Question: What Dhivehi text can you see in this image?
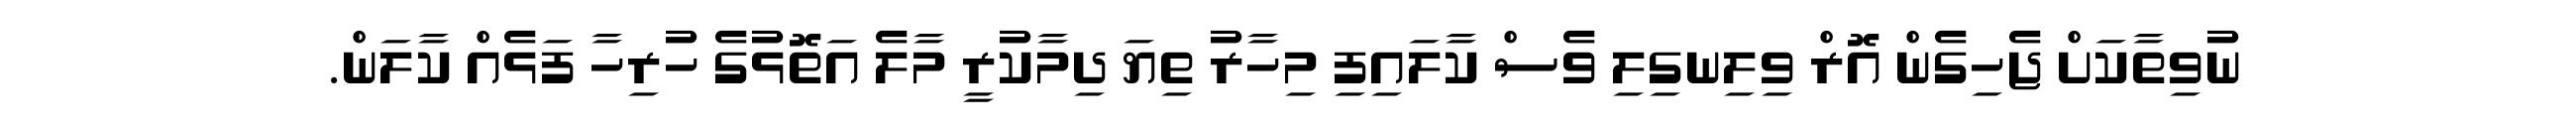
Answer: ނުވިތާކަށް ޖެހިގެން އޮރް ވިލިނގިލި ވެސް ކާލައިފި މިހާރު ތިޔަ ދިމާކުރީ މާލެ އަތޮޅުގެ ހުރިހާ ފަޅެއް ކާލަން.